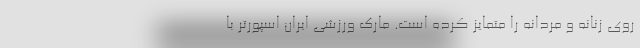
روی زنانه و مردانه را متمایز کرده است. مارک ورزشی ایران اسپورتر با